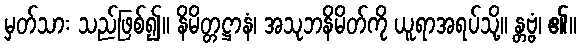
မှတ်သား သည်ဖြစ်၍။ နိမိတ္တဋ္ဌာနံ၊ အသုဘနိမိတ်ကို ယူရာအရပ်သို့။ န္တဗ္ဗံ၊ ၏။